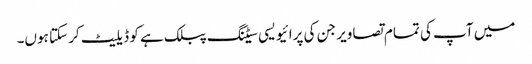
میں آپ کی تمام تصاویر جن کی پرائیویسی سیٹنگ پبلک ہے کو ڈیلیٹ کر سکتا ہوں۔